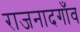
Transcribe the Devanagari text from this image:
राजनादगाँव